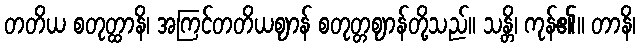
တတိယ စတုတ္ထာနိ၊ အကြင်တတိယဈာန် စတုတ္တဈာန်တို့သည်။ သန္တိ၊ ကုန်၏။ တာနိ၊